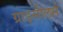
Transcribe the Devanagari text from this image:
ग्राइसीलर्स